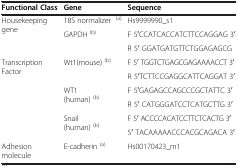
<table><thead><tr><td><b>Functional Class</b></td><td><b>Gene</b></td><td><b>Sequence</b></td></tr></thead><tbody><tr><td rowspan="3">Housekeeping gene</td><td>18S normalizer <sup>(a)</sup></td><td>Hs9999990_s1</td></tr><tr><td rowspan="2">GAPDH <sup>(b)</sup></td><td>F 5<sup>′</sup>CCATCACCATCTTCCAGGAG 3<sup>′</sup></td></tr><tr><td>R 5<sup>′</sup> GGATGATGTTCTGGAGAGCG</td></tr><tr><td rowspan="6">Transcription Factor</td><td rowspan="2">Wt1(mouse) <sup>(b)</sup></td><td>F 5<sup>′</sup> TGGTCTGAGCGAGAAAACCT 3<sup>′</sup></td></tr><tr><td>R 5<sup>′</sup>TCTTCCGAGGCATTCAGGAT 3<sup>′</sup></td></tr><tr><td rowspan="2">WT1(human) <sup>(b)</sup></td><td>F 5<sup>′</sup>GAGAGCCAGCCCGCTATTC 3<sup>′</sup></td></tr><tr><td>R 5<sup>′</sup> CATGGGATCCTCATGCTTG 3<sup>′</sup></td></tr><tr><td rowspan="2">Snail(human) <sup>(b)</sup></td><td>F 5<sup>′</sup> ACCCCACATCCTTCTCACTG 3<sup>′</sup></td></tr><tr><td>5<sup>′</sup> TACAAAAACCCACGCAGACA 3<sup>′</sup></td></tr><tr><td>Adhesion molecule</td><td>E-cadherin <sup>(a)</sup></td><td>Hs00170423_m1</td></tr></tbody></table>